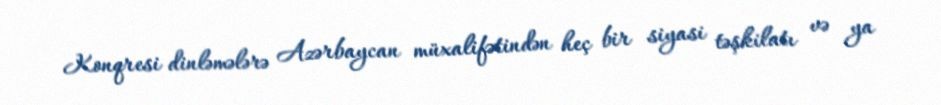
Konqresi dinləmələrə Azərbaycan müxalifətindən heç bir siyasi təşkilatı və ya